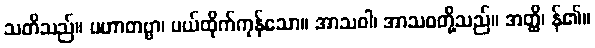
သတိသည်။ ပဟာတဗ္ဗာ၊ ပယ်ထိုက်ကုန်သော။ အာသဝါ၊ အာသဝတို့သည်။ အတ္ထိ၊ န်၏။